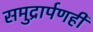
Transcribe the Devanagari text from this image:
समुद्रार्पणही